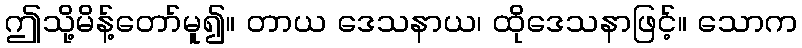
ဤသို့မိန့်တော်မူ၍။ တာယ ဒေသနာယ၊ ထိုဒေသနာဖြင့်။ သောက